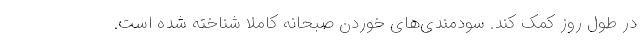
در طول روز کمک کند. سودمندی‌های خوردن صبحانه کاملا شناخته‌ شده است.